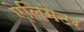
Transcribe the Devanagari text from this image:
ऐलिगेटर